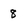
Character: 8